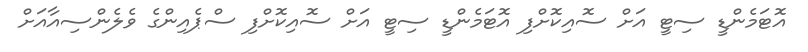
އޮޓަމެންޑީ ސިޓީ އަށް ސޮއިކޮށްފި އޮޓަމެންޑީ ސިޓީ އަށް ސޮއިކޮށްފި ސްޕެއިންގެ ވެލެންސިއާއަށް